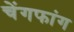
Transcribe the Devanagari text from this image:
चेंगफांग